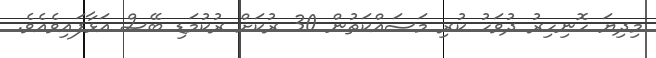
މިދިޔަ ހޮނިހިރު ދުވަހު ކުރި މަސައްކަތުން 30 ރުކަށް ރުކުމަޑި ބޭސް އަޅާފައިވެއެވެ.